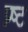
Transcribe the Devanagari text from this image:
प्र्ष्ट